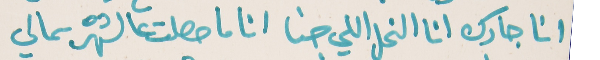
انا جارك انا النحل اللي جنا   انا ما حصلت عالشهره بمالي